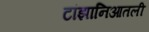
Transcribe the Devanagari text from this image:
टांझानिआतली